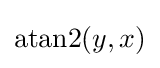
\operatorname {atan2} (y,x)